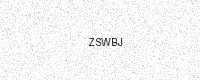
Text: ZSWBJ